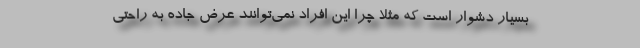
بسیار دشوار است که مثلاً چرا این افراد نمی‌توانند عرض جاده به راحتی